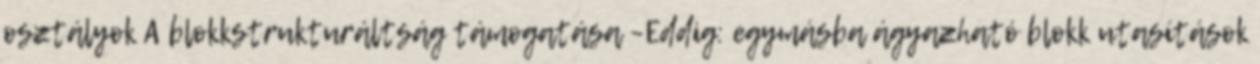
osztályok A blokkstrukturáltság támogatása –Eddig: egymásba ágyazható blokk utasítások